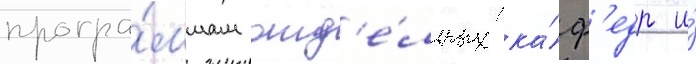
програ́ммам отд'е́льных ка́ф'едр и́